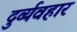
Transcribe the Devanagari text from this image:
दुर्व्‍यवहार